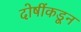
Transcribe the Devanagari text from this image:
दोषींकडून